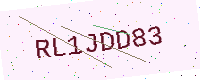
Text: RL1JDD83